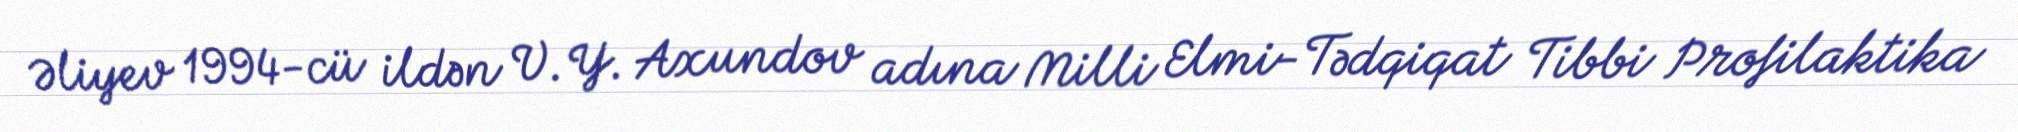
Əliyev 1994-cü ildən V. Y. Axundov adına Milli Elmi-Tədqiqat Tibbi Profilaktika